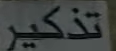
تذکیر